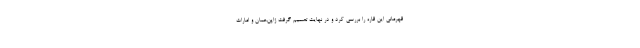
قهرمانی این قاره را بررسی کرد و در نهایت تصمیم گرفت ژاپن،عمان و امارات